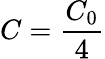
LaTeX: C=\frac{C_{0}}{4}